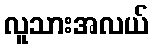
လူသားအလယ်